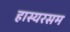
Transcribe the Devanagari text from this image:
हास्यरसम